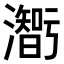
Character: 𤂥